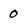
Character: 0